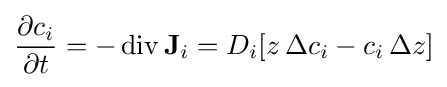
{\frac {\partial c_{i}}{\partial t}}=-\operatorname {div} \mathbf {J} _{i}=D_{i}[z\,\Delta c_{i}-c_{i}\,\Delta z]